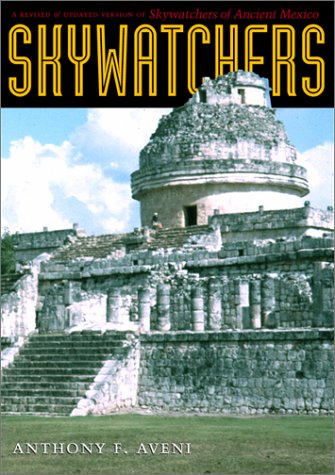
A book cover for Skywatchers : A Revised and Updated Version of Skywatchers of  Ancient Mexico; Anthony F. Aveni; History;